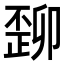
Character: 𬆆